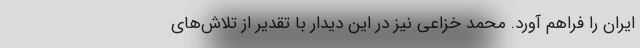
ایران را فراهم آورد. محمد خزاعی نیز در این دیدار با تقدیر از تلاش‌های